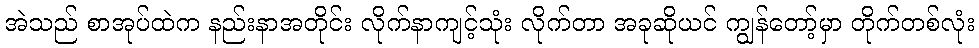
အဲသည် စာအုပ်ထဲက နည်းနာအတိုင်း လိုက်နာကျင့်သုံး လိုက်တာ အခုဆိုယင် ကျွန်တော့်မှာ တိုက်တစ်လုံး